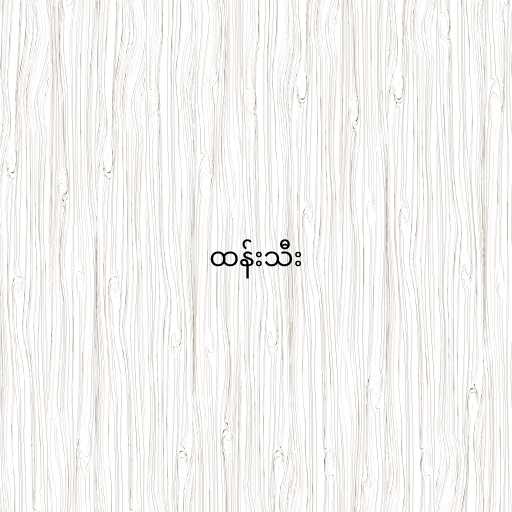
ထန်းသီး